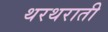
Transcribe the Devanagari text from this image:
थरथराती